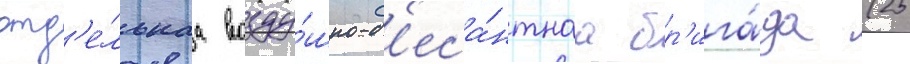
отд'е́льнаа возду́шно-д'еса́нтнаа бр'ига́да (25